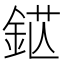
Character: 𨦵